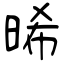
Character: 晞